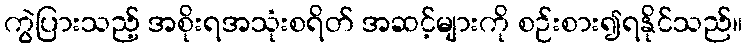
ကွဲပြားသည့် အစိုးရအသုံးစရိတ် အဆင့်များကို စဉ်းစား၍ရနိုင်သည်။